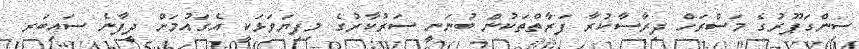
ސިންގަޕޫރުގެ މަސްރަހް ދިރާސާކުރާ ފަރާތްތަކުން ބުނަނީ ސަރުކާރުގެ މިފިޔަވަޅަކީ އެގައުމަށް ދީފާނެ ސައިބަރ